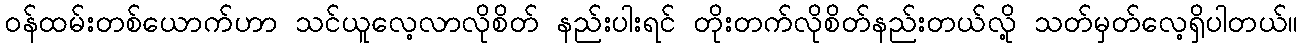
ဝန်ထမ်းတစ်ယောက်ဟာ သင်ယူလေ့လာလိုစိတ် နည်းပါးရင် တိုးတက်လိုစိတ်နည်းတယ်လို့ သတ်မှတ်လေ့ရှိပါတယ်။